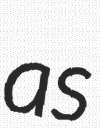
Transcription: as